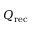
Q _ { \mathrm { r e c } }